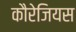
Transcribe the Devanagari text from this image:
कौरेजियस